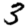
Digit: 3